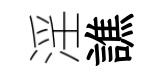
淫譙